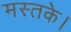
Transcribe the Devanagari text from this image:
मस्तके।